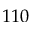
1 1 0